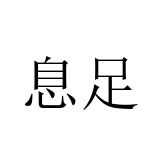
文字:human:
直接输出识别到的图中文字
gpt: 息足